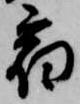
宿